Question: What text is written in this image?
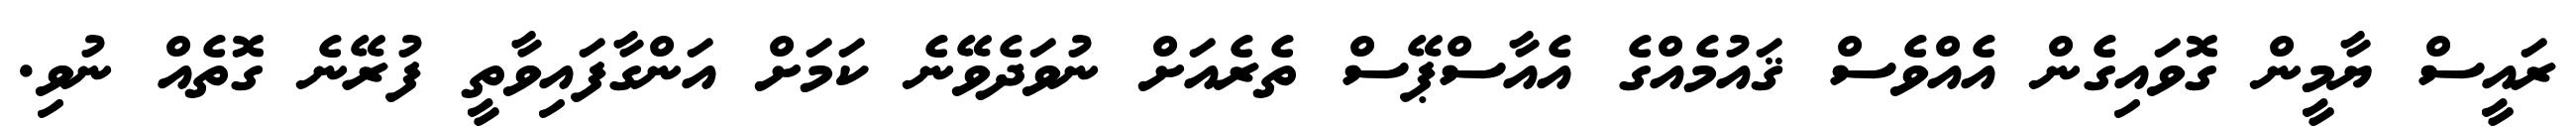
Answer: ރައީސް ޔާމީން ގޮވައިގެން އެއްވެސް ޤައުމެއްގެ އެއާސްޕޭސް ތެރެއަށް ނުވަދެވޭނެ ކަމަށް އަންގާފައިވާތީ ފުރޭނެ ގޮތެއް ނުވި.